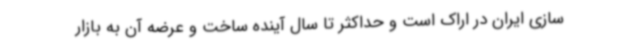
سازی ایران در اراک است و حداکثر تا سال آینده ساخت و عرضه آن به بازار